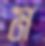
ম